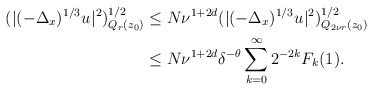
\begin{align*} (|(-\Delta_x)^{1/3} u_{}|^2)^{1/2}_{Q_r (z_0)}&\le N \nu^{1+2d} (|(-\Delta_x)^{1/3} u_{}|^2)^{1/2}_{Q_{ 2 \nu r} (z_0)}\\&\le N \nu^{1+2d} \delta^{-\theta} \sum_{k=0}^\infty 2^{-2k} F_k (1).\, \,\end{align*}